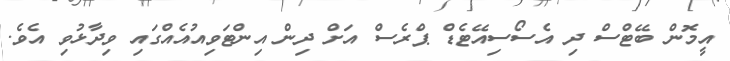
އީމޮން ބޭޓްސް ދި އެސޯސިއޭޓެޑް ޕްރެސް އަށް ދިން އިންޓަވިއުއެއްގައި ވިދާޅުވި އެވެ.